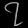
Digit: ၇